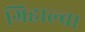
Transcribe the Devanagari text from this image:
ग्रिहाल्वा